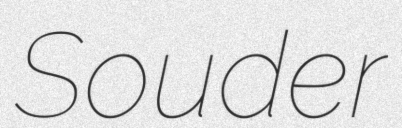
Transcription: Souder